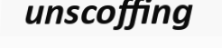
unscoffing